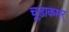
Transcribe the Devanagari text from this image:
चूड़ाकमर्